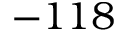
- 1 1 8